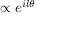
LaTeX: \propto e ^ { i l \theta }